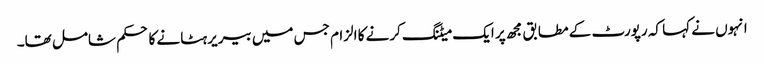
انہوں نے کہا کہ رپورٹ کے مطابق مجھ پر ایک میٹنگ کرنے کا الزام جس میں بیریر ہٹانے کا حکم شامل تھا۔